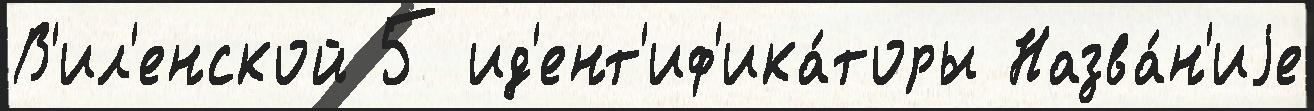
В'ил'енской 5 ид'ент'иф'ика́торы Назва́н'иjе